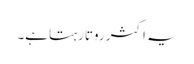
یہ اکثر روتا رہتا ہے۔